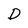
Character: D